Annual administration report of the Civil Veterinary Department of India - 1909-1910
Year: 1909
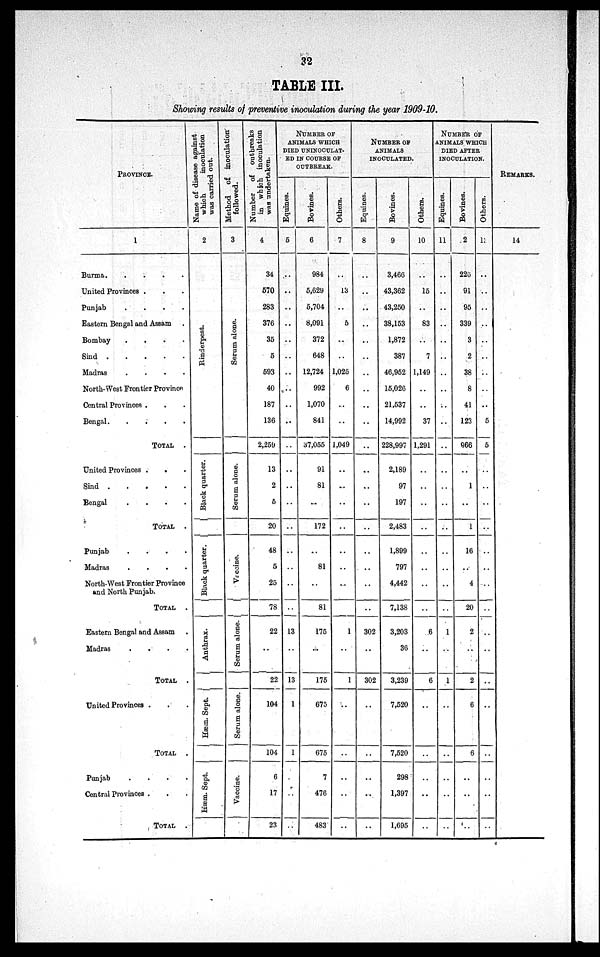
32
TABLE III.
Showing results of preventive inoculation during the year 1909-10.
PROVINCE.
1
Burma.
.
.
.
.
United Provinces . . .
Punjab
.
.
.
.
Eastern Bengal and Assam .
Bombay . . . .
Sind
.
.
.
.
.
Madras
.
.
.
.
North-West Frontier Province
Central Provinces . . .
Bengal.
.
.
.
.
TOTAL .
United Provinces . . .
Sind
.
.
.
.
.
Bengal
.
.
.
.
TOTAL .
Punjab
.
.
.
.
Madras
.
.
.
.
North-West Frontier Province
and North Punjab.
TOTAL .
Eastern Bengal and Assam .
Madras
.
.
.
.
TOTAL .
United Provinces . . .
TOTAL .
Punjab
.
.
.
.
Central Provinces . . .
TOTAL .
Name of disease against
which
inoculation
was carried out.
2
Rinderpest.
Black quarter.
Black quarter.
Anthrax.
Hæm. Sept.
Hæm. Sept.
Method of inoculation
followed.
3
Se r
um alone.
Serum alone.
Vaccine.
Serum alone.
Serum alone.
Vaccine.
Number of outbreaks
in which inoculation
was undertaken.
4
34
570
283
376
35
5
593
40
187
136
2,259
13
2
5
20
48
5
25
78
22
..
22
104
104
6
17
23
NUMBER OF
ANIMALS WHICH
DIED UNINOCULAT-
ED IN COURSE OF
OUTBREAK.
Equines.
5
..
..
..
..
..
..
..
..
..
..
..
..
..
..
..
..
..
..
..
13
..
13
1
1
..
..
..
Bovines.
6
984
5,629
5,704
8,091
372
648
12,724
992
1,070
841
37,055
91
81
...
172
..
81
..
81
175
..
175
675
675
7
476
483
Others.
7
..
13
..
5
..
..
1,025
6
..
..
1,049
..
..
..
..
..
..
..
..
1
..
1
..
..
..
..
..
NUMBER OF
ANIMALS
INOCULATED.
Equines.
8
..
..
..
..
..
..
..
..
..
..
..
..
..
..
..
..
..
..
..
302
..
302
..
..
..
..
..
Bovines.
9
3,466
43,362
43,250
38,153
1,872
387
46,952
15,026
21,537
14,992
228,997
2,189
97
197
2,483
1,899
797
4,442
7,138
3,203
36
3,239
7,520
7,520
298
1,397
1,695
Others.
10
..
15
..
83
..
7
1,149
..
..
37
1,291
..
..
..
..
..
..
..
..
6
..
6
..
..
..
..
..
NUMBER OF
ANIMALS WHICH
DIED AFTER
INOCULATION.
Equines.
11
..
..
..
..
..
..
..
..
..
..
..
..
..
..
..
..
..
..
..
1
..
1
..
..
..
..
..
Bovines.
12
226
91
95
339
3
2
38
8
41
123
866
..
1
..
1
16
..
4
20
2
..
2
6
6
..
..
..
Others.
13
..
..
..
..
..
..
..
..
..
5
5
..
..
..
..
..
..
..
..
..
..
..
..
..
..
..
..
REMARKS.
14